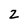
Character: 2